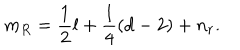
m _ { R } = \frac { 1 } { 2 } l + \frac { 1 } { 4 } \left( d - 2 \right) + n _ { r } .